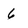
Character: 6